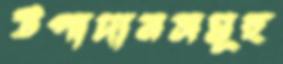
উপাদানসমূহ